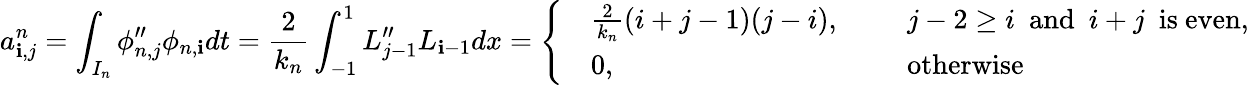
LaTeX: a_{\mathbf{i},j}^{n}=\displaystyle\int_{I_{n}}\phi_{n,j}^{\prime\prime}\phi_{n,\mathbf{i}}dt=\frac{{2}}{{k_{n}}}\displaystyle\int_{-1}^{1}L_{j-1}^{\prime\prime}L_{\mathbf{i}-1}dx=\left\{ \begin{array}{rlrl}&{\frac{2}{k_{n}}(i+j-1)(j-i),}&&{~~j-2\ge i~~\mathrm{and}~~i+j~~\mathrm{is~even},}\\ &{0,}&&{~~\mathrm{otherwise}}\end{array}\right.